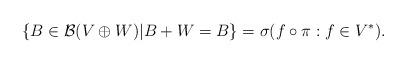
LaTeX: \begin{align*} \left\{ B\in\mathcal B(V\oplus W)\vert B+W = B \right\} = \sigma(f\circ\pi : f\in V^*). \end{align*}